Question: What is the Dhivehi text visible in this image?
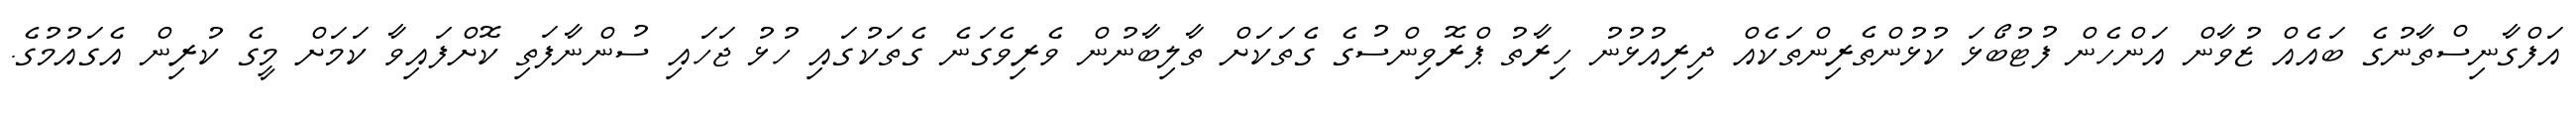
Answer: އަފްގާނިސްތާނުގެ ބައެއް ޒުވާން އަންހެން ފުޓުބޯޅަ ކުޅުންތެރިންތަކެއް ދިރިއުޅުނު ހިރާތު ޕްރޮވިންސުގެ ގެތަކަށް ތާލިބާނުން ވެރިވެގަނެ ގެތަކުގައި ހުޅު ޖަހައި ސުންނާފަތި ކޮށްފައިވާ ކަމަށް މީގެ ކުރިން އެގައުމުގެ.